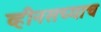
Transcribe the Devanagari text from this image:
व्हीनसच्याच